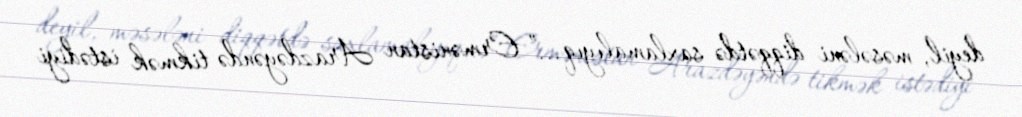
deyil, məsələni diqqətdə saxlamalıyıq...” Ermənistan Arazdəyəndə tikmək istədiyi